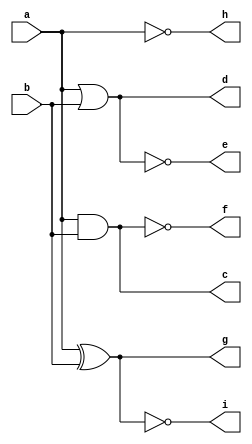
module logic_gates(a,b,c,d,e,f,g,h,i);
    
    input  a,b;
    output c,d,e,f,g,h,i;
  
    and(c,a,b);
    or(d,a,b);
    nor(e,a,b);
    nand(f,a,b);
    xor(g,a,b);
    not(h,a);
    xnor(i,a,b);
  
    endmodule